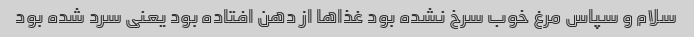
سلام و سپاس مرغ خوب سرخ نشده بود غذاها از دهن افتاده بود یعنی سرد شده بود